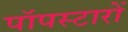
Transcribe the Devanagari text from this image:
पॉपस्टारों